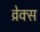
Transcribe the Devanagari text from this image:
व्रेक्स